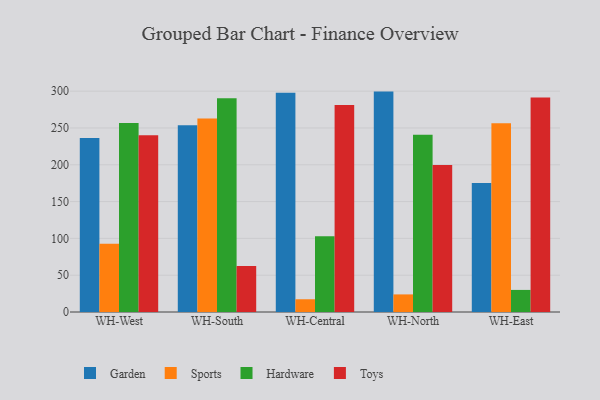
{"axis": {"x": "Warehouse", "y": "Bounce Rate (%)"}, "legend": ["Garden", "Hardware", "Sports", "Toys"], "data": [{"x": "WH-West", "y": 236.4, "type": "Garden"}, {"x": "WH-West", "y": 92.6, "type": "Sports"}, {"x": "WH-West", "y": 256.6, "type": "Hardware"}, {"x": "WH-West", "y": 240.2, "type": "Toys"}, {"x": "WH-South", "y": 253.7, "type": "Garden"}, {"x": "WH-South", "y": 262.8, "type": "Sports"}, {"x": "WH-South", "y": 290.2, "type": "Hardware"}, {"x": "WH-South", "y": 62.5, "type": "Toys"}, {"x": "WH-Central", "y": 297.9, "type": "Garden"}, {"x": "WH-Central", "y": 17.3, "type": "Sports"}, {"x": "WH-Central", "y": 102.8, "type": "Hardware"}, {"x": "WH-Central", "y": 281.1, "type": "Toys"}, {"x": "WH-North", "y": 299.4, "type": "Garden"}, {"x": "WH-North", "y": 23.9, "type": "Sports"}, {"x": "WH-North", "y": 240.7, "type": "Hardware"}, {"x": "WH-North", "y": 199.8, "type": "Toys"}, {"x": "WH-East", "y": 175.1, "type": "Garden"}, {"x": "WH-East", "y": 256.4, "type": "Sports"}, {"x": "WH-East", "y": 30.0, "type": "Hardware"}, {"x": "WH-East", "y": 291.4, "type": "Toys"}]}